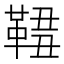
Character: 𩋓